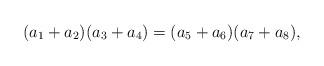
LaTeX: \begin{align*}(a_1+a_2)(a_3+a_4)=(a_5+a_6)(a_7+a_8),\end{align*}